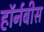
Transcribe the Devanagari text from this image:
हॉर्नबीस